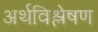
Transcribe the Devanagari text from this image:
अर्थविश्लेषण